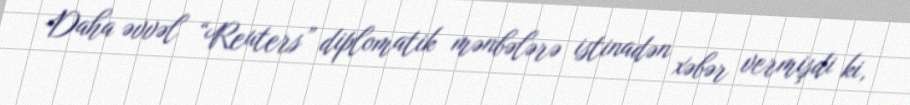
Daha əvvəl “Reuters” diplomatik mənbələrə istinadən xəbər vermişdi ki,